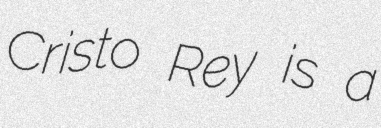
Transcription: Cristo Rey is a